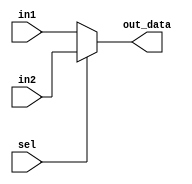
`timescale 1ns / 1ps
//////////////////////////////////////////////////////////////////////////////////
// Company: 
// Engineer: 
// 
// Design Name: 
// Module Name:    MUX 
// Project Name: 
// Target Devices: 
// Tool versions: 
// Description: 
//
// Dependencies: 
//
// Revision: 
// Revision 0.01 - File Created
// Additional Comments: 
//
//////////////////////////////////////////////////////////////////////////////////
module MUX(
      input [31:0] in1,
		input [31:0] in2,
		input sel,
		output reg [31:0] out_data
    );
	 
	 
	 always @(in1,in2,sel)
       if(!sel)  out_data=in1;
            else out_data=in2;





endmodule